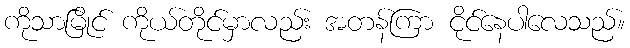
ကိုသာမြိုင် ကိုယ်တိုင်မှာလည်း အတန်ကြာ ငိုင်နေပါလေသည်။